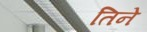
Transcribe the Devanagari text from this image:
तिनेे